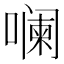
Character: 𪢌